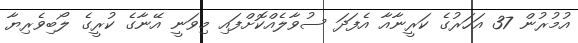
އުމުރުން 37 އަހަރުގެ ކަރީނާއާ އެފަދަ ސުވާލެއްކޮށްފައި މިވަނީ އޭނާގެ ކުރީގެ ލޯބިވެރިޔާ